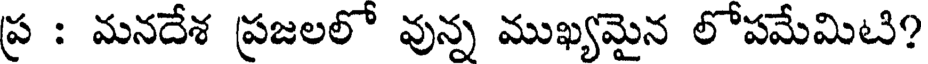
ప్ర : మనదేశ ప్రజలలో వున్న ముఖ్యమైన లోపమేమిటి?